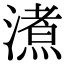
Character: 㵭